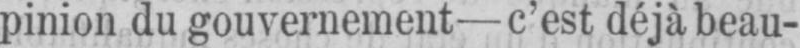
pinion du gouvernement- c’est déjà beau-